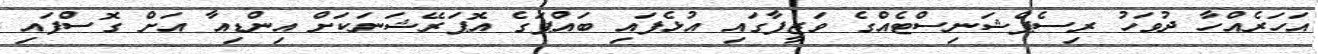
އަހަރެއްހާ ދުވަހު ރިސެޕްޝަނިސްޓެއްގެ ވަޒީފާގައި އުޅެފައި ބައްޕަގެ އޮޕަރޭޝަނަކަށް އިންޑިއާ އަށް ގޮސްފައި